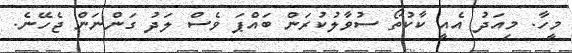
މީހާ. މިއަދު އެއީ ކާކުތޯ ސުވާލުކުރަން ބައްްޕަ ވެސް ލަދު ގަންނަން ޖެހޭނެ.